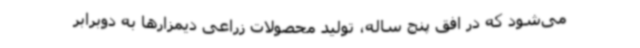
‌می‌شود که در افق پنج ساله، تولید محصولات زراعی دیمزارها به دوبرابر